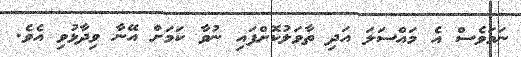
ނަމަވެސް އެ މައްސަލަ އަދި ތާވަލުކޮށްފައި ނުވާ ކަމަށް އޭނާ ވިދާޅުވި އެވެ.